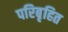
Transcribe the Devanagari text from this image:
परिबृहित